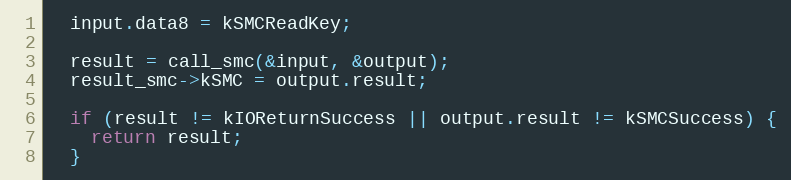
Language: C
  input.data8 = kSMCReadKey;

  result = call_smc(&input, &output);
  result_smc->kSMC = output.result;

  if (result != kIOReturnSuccess || output.result != kSMCSuccess) {
    return result;
  }